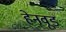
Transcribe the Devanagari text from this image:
हेनवूड